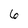
Character: 6